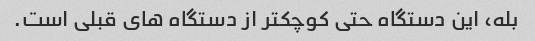
بله، این دستگاه حتی کوچکتر از دستگاه های قبلی است.